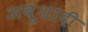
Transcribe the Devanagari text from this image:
अबूशादी